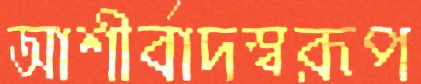
আশীর্বাদস্বরূপ